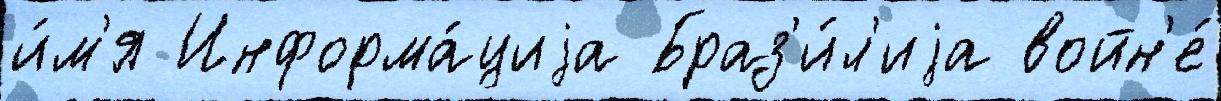
и́м'я Информа́циjа Браз'и́л'иjа войн'е́